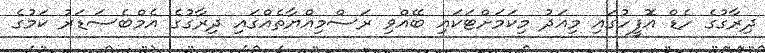
ދިރާގުގެ ހެޑް އޮފީހުގައި މިއަދު މިކަމަށްޓަކައި ބޭއްވި ރަސްމިއްޔާތެއްގައި ދިރާގުގެ އެމްބެސަޑަރު ކަމުގެ